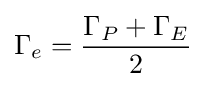
\Gamma _{e}={\frac {\Gamma _{P}+\Gamma _{E}}{2}}